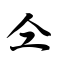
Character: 仝